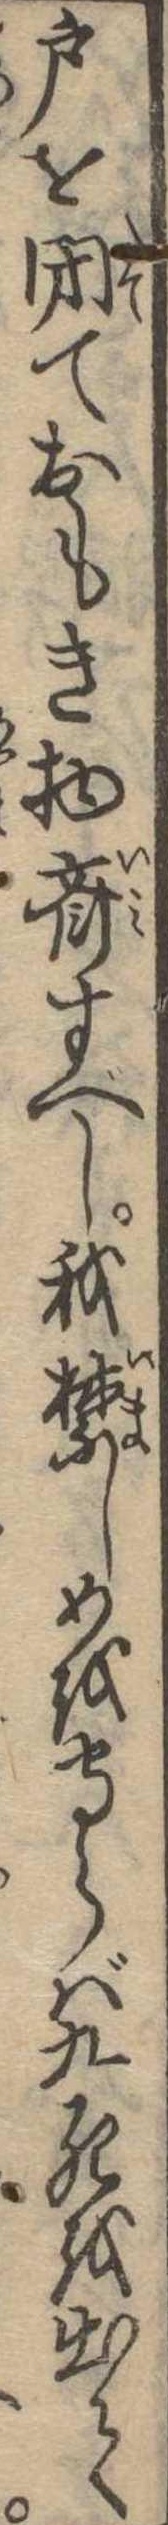
戸を閉ておもき物斎すべし我禁しめを守らば九死を出て